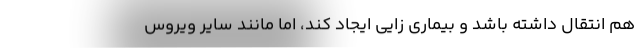
هم انتقال داشته باشد و بیماری زایی ایجاد کند، اما مانند سایر ویروس